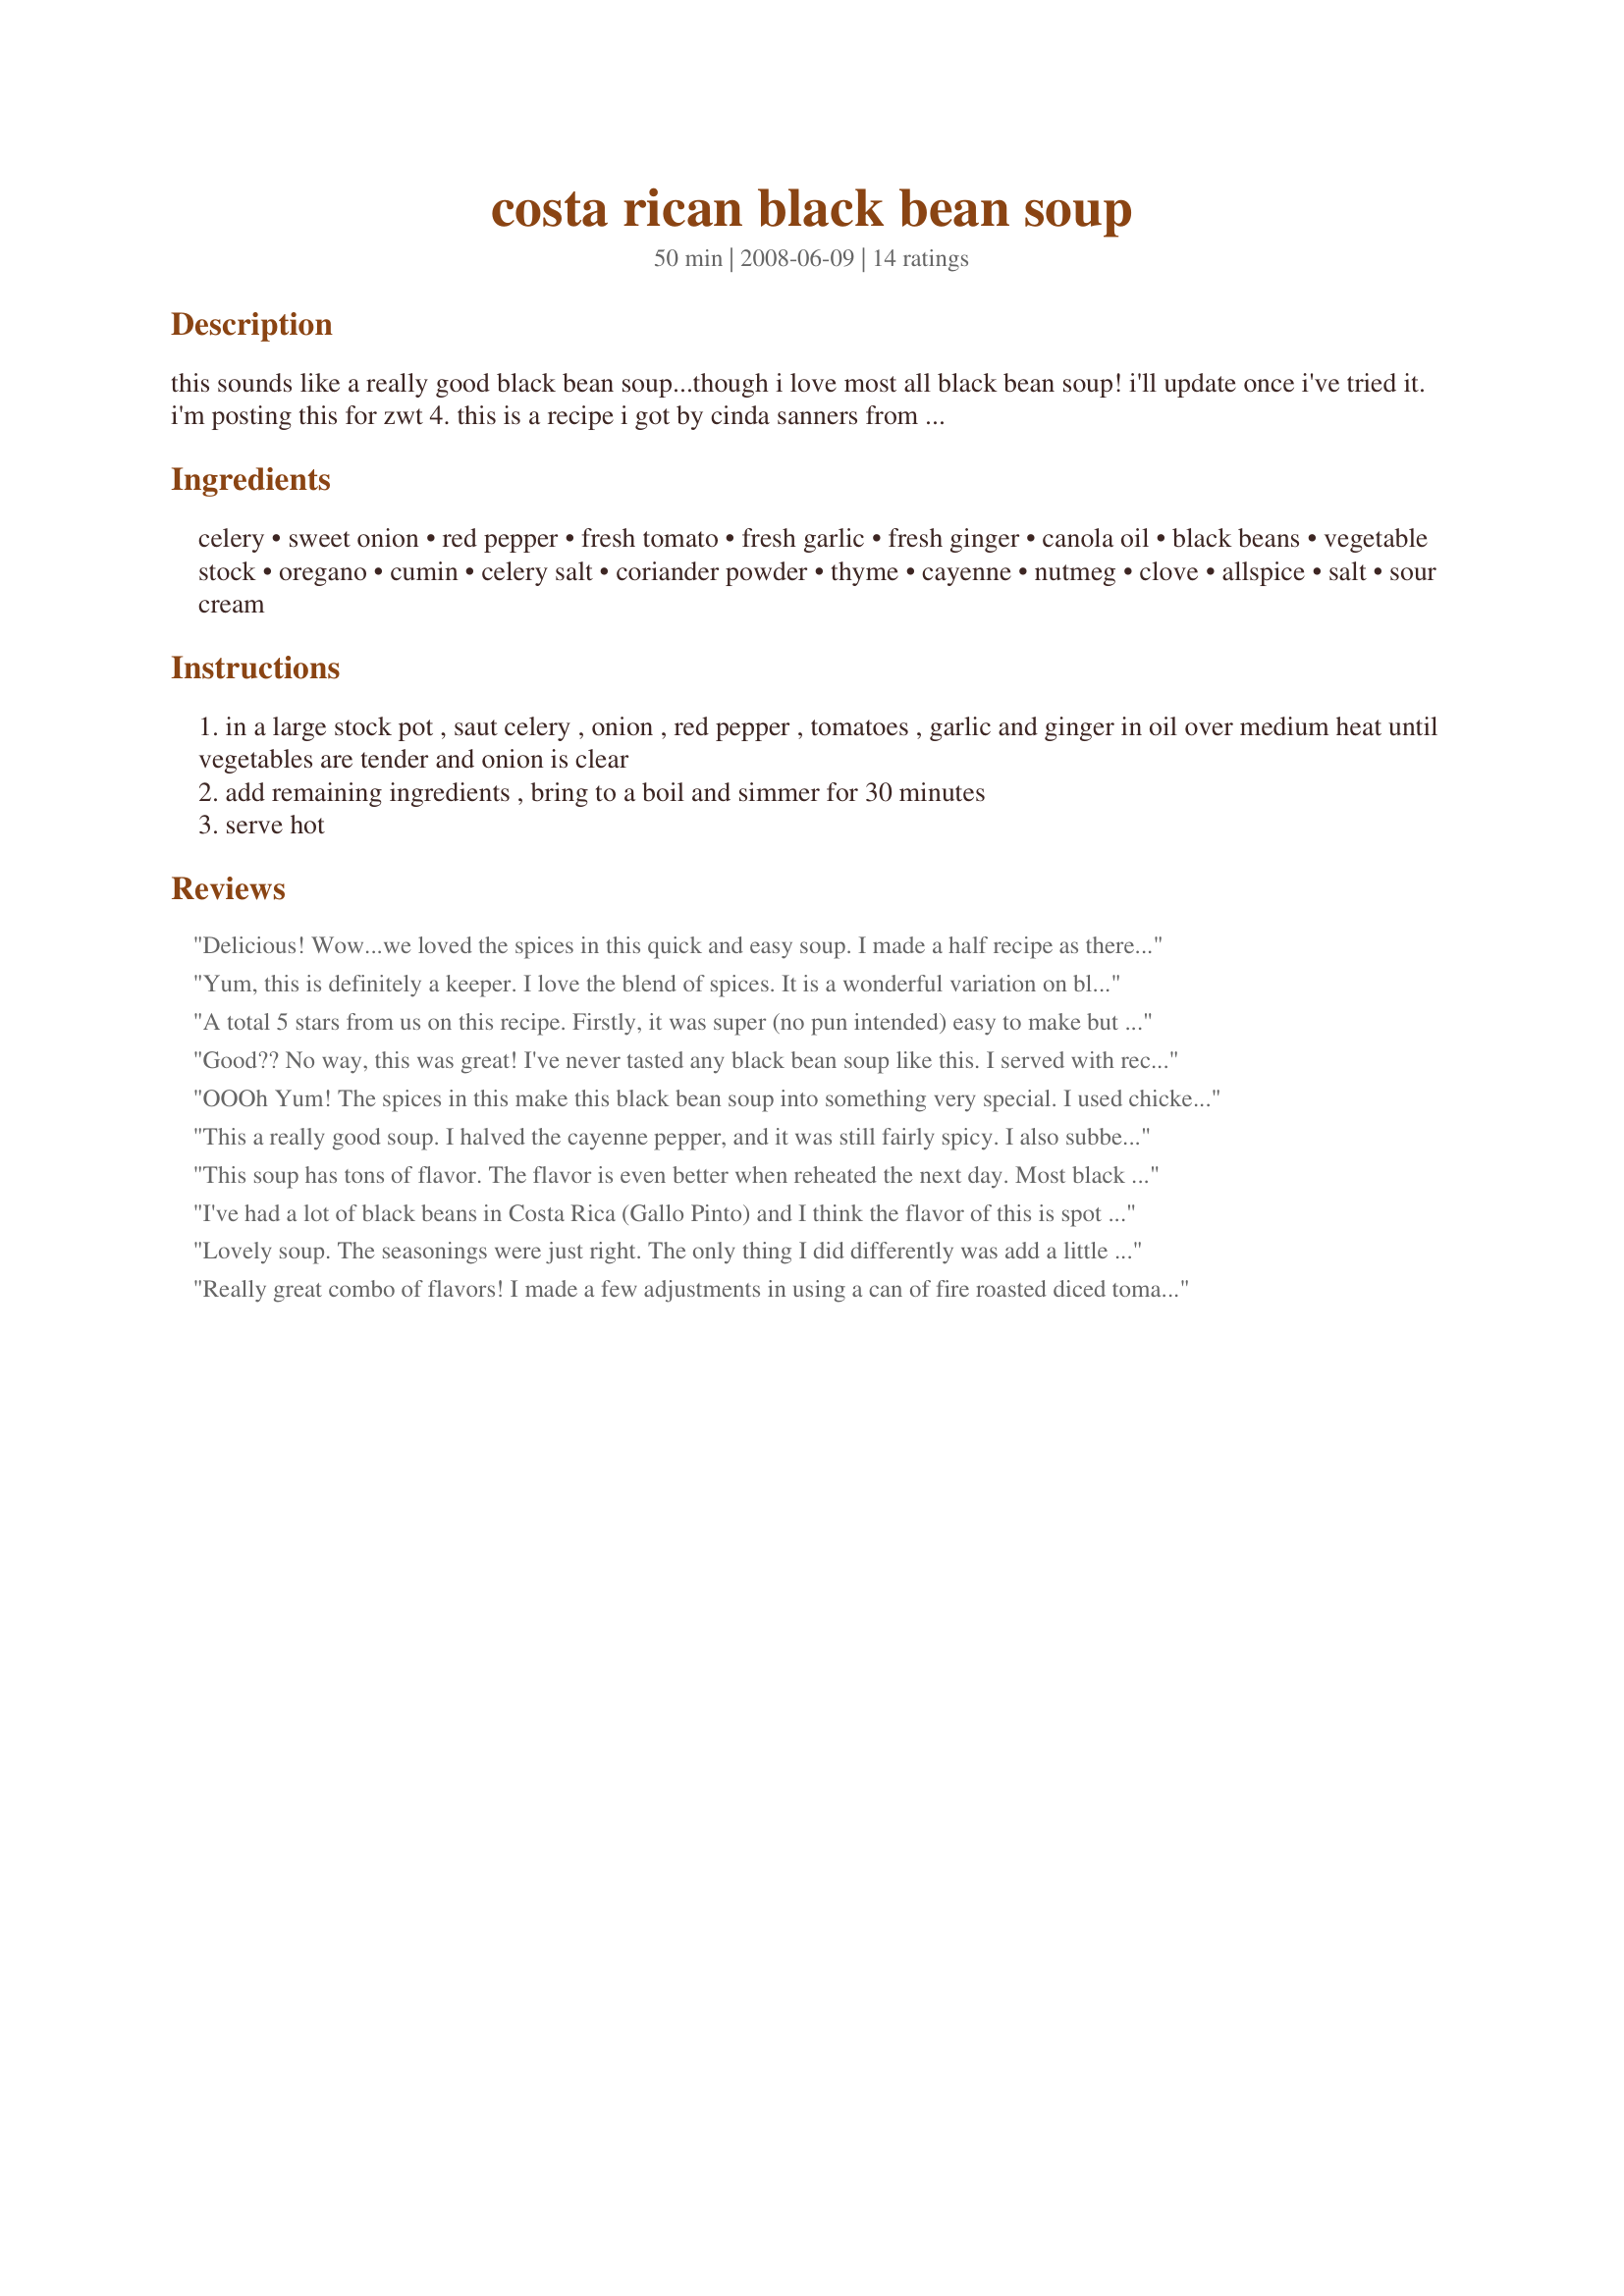
costa rican black bean soup
Preparation time: 50 minutes

this sounds like a really good black bean soup...though i love most all black bean soup! i'll update once i've tried it. i'm posting this for zwt 4. this is a recipe i got by cinda sanners from her "soup buffet" show.

Ingredients:
celery, sweet onion, red pepper, fresh tomato, fresh garlic, fresh ginger, canola oil, black beans, vegetable stock, oregano, cumin, celery salt, coriander powder, thyme, cayenne, nutmeg, clove, allspice, salt, sour cream

Steps:
in a large stock pot , saut celery , onion , red pepper , tomatoes , garlic and ginger in oil over medium heat until vegetables are tender and onion is clear
add remaining ingredients , bring to a boil and simmer for 30 minutes
serve hot

Reviews:
Delicious! Wow...we loved the spices in this quick and easy soup. I made a half recipe as there was only two of us eating, but I kept the written amounts of garlic and ginger. Also, I used chicken stock because that is what I had on hand. I served this topped with Mexican 4-blend cheese, sour cream, and chopped fresh cilantro. Thank you for sharing this fabulous recipe...it is definitely a keeper!
*Made for ZWT4*
Yum, this is definitely a keeper. I love the blend of spices. It is a wonderful variation on black bean soup. I omitted the salt and added a little water because I like to rinse my beans before use to get rid of the excess sodium, so I didn't have any canned liquid to add. I garnished with sour cream, chopped parsley, and a little bit of 4 cheese blend. Excellent! Thank you for sharing!
A total 5 stars from us on this recipe. Firstly, it was super (no pun intended) easy to make but it also tasted wonderful. It was full of spice but not really spicy which is just how I like things. It was also very lot fat and vegetarian which just ticks so many boxes for us. The only changes I made was to cut the recipe in half since there are only two of us (we like meals that are just huge bowls of soup now and then) and I used a can of chopped tomatoes with the juice instead of the fresh tomatoes. Made for ZWT4.
Good?? No way, this was great! I've never tasted any black bean soup like this. I served with recipe#232389 which complemented this dish very nicely. DH said 'I really like this soup, you're making this soup again!' Wow, he doesn't usually have much of a say in what we're going to eat... Other reviewers noted that it was spicy, but I think I'd call it spiced because I didn't feel that it was overly hot, but the flavors were intense and very unique! I didn't have coriander powder, so I used dried cilantro leaves. Made for ZWT4.
OOOh Yum! The spices in this make this black bean soup into something very special. I used chicken stock because it is what I had on hand and otherwise followed the directions. My DBF got into this even before I added the beans, because he thought it was finished. LOL- He enjoyed it both ways! I noticed my 15 oz can held 1 1/2 cups of beans and liquid, but because my dbf ate half of the soup early- I wasn't exactly sure how many beans to add - I just eyeballed it. I'm sure I'll be making this one again. Made for ZWT 4 by a fellow Jefe!
This a really good soup. I halved the cayenne pepper, and it was still fairly spicy. I also subbed celery seed and 1/4 tsp of salt for the celery salt, since I didn't have any. I topped this with cilantro and squeezed lime and lemon over it at the table, and that definitely brightened up all the flavors. Served 4 as an entree. Here is my video of the soup being made: http://www.recipezaar.com/sitenews/post.php?pid=944&pn=1&pageref=Photo_Video-927138&vw_arrange_order=DESC&vw_sort_order=MOST_RECENT
This soup has tons of flavor. The flavor is even better when reheated the next day. Most black bean soups have the predominent cumin and coriander taste. This one has those flavors plus so many other as well.... and they all play nicely together. A cool dallop of light sour cream is a great garnish for serving. Thanx for posting!
I've had a lot of black beans in Costa Rica (Gallo Pinto) and I think the flavor of this is spot on, although I've never seen them use nutmeg, clove, or allspice. I only used 2 cans of beans and I still had a ton of soup. After a few days I just started straining off the beans and having them with my egg for breakfast (as Ticos do) and the flavor was even better. Spot on. One note: don't think I've ever seen a Costa Rican use celery but what the heck, still good.
Lovely soup. The seasonings were just right. The only thing I did differently was add a little corn. I served it over rice, topped it with sour cream and had tortilla chips alongside. Thanks for posting!
Really great combo of flavors! I made a few adjustments in using a can of fire roasted diced tomatoes, adding some chipotle pepper and cilantro soup base but the overall combo of seasonings in this reacipe give it a fresh light taste!
I loved this soup. I used 3 19 oz cans of beans and followed the recipe as written. I served it with a dollop of plain yogurt. The flavour of the spice mixture was interesting. It had just the right amount of heat from the cayenne. Made for ZWT4 Family Picks.
We really enjoyed this wonderful soup. I have not had much Costa Rican food, but if it's all like this, I'm a big fan. It was spicy but not too spicy. All of the spices were so good together. Made for ZWT4 for the Tastebud Tickling Travellers.
FANTASTIC! I made a half recipe with 1 can of beans and extra veggies. I also used coconut oil and sauteed the spices with the veggies the last couple of minutes before adding the beans and broth. I subbed black pepper for the cayenne. This smells and tastes WONDERFUL and it's good for you too! Made for the ZWT4 -Jefes
This soup is worthy of more then 5 stars! We love Costa Rican food and this soup brought us back to our favorite country. The flavors are so typically Costa Rican it was surprising! The combination of spices was much like their famous Lizano sauce. We sopped up every last bit of the soup and I wished that I had not changed the servings to 4! Pura Vida! Thank you for posting. Zaar World Tour 4. Whine and Cheese.
